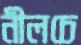
নীলচে